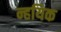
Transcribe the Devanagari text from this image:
न्हयिक